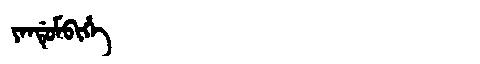
Manchu: ᠶᠠᠨᡩᡠᠮᠪᡳᡥᡝ
Romanization: YANDUMBIHE